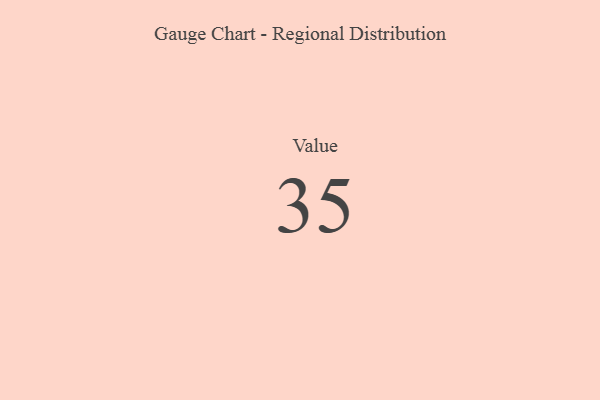
{"axis": {"x": "Metric", "y": "Value"}, "legend": [""], "data": [{"x": "Value", "y": 35, "type": ""}]}